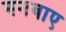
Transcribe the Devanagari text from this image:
बनबाए